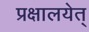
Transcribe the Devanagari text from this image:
प्रक्षालयेत्